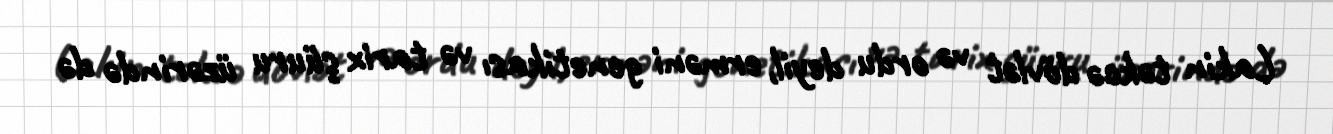
Lakin təkcə dövlət və ordu deyil, erməni genetikası və tarix şüuru üzərində də